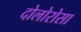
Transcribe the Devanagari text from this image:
दोलोरोसा